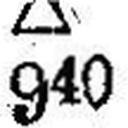
940